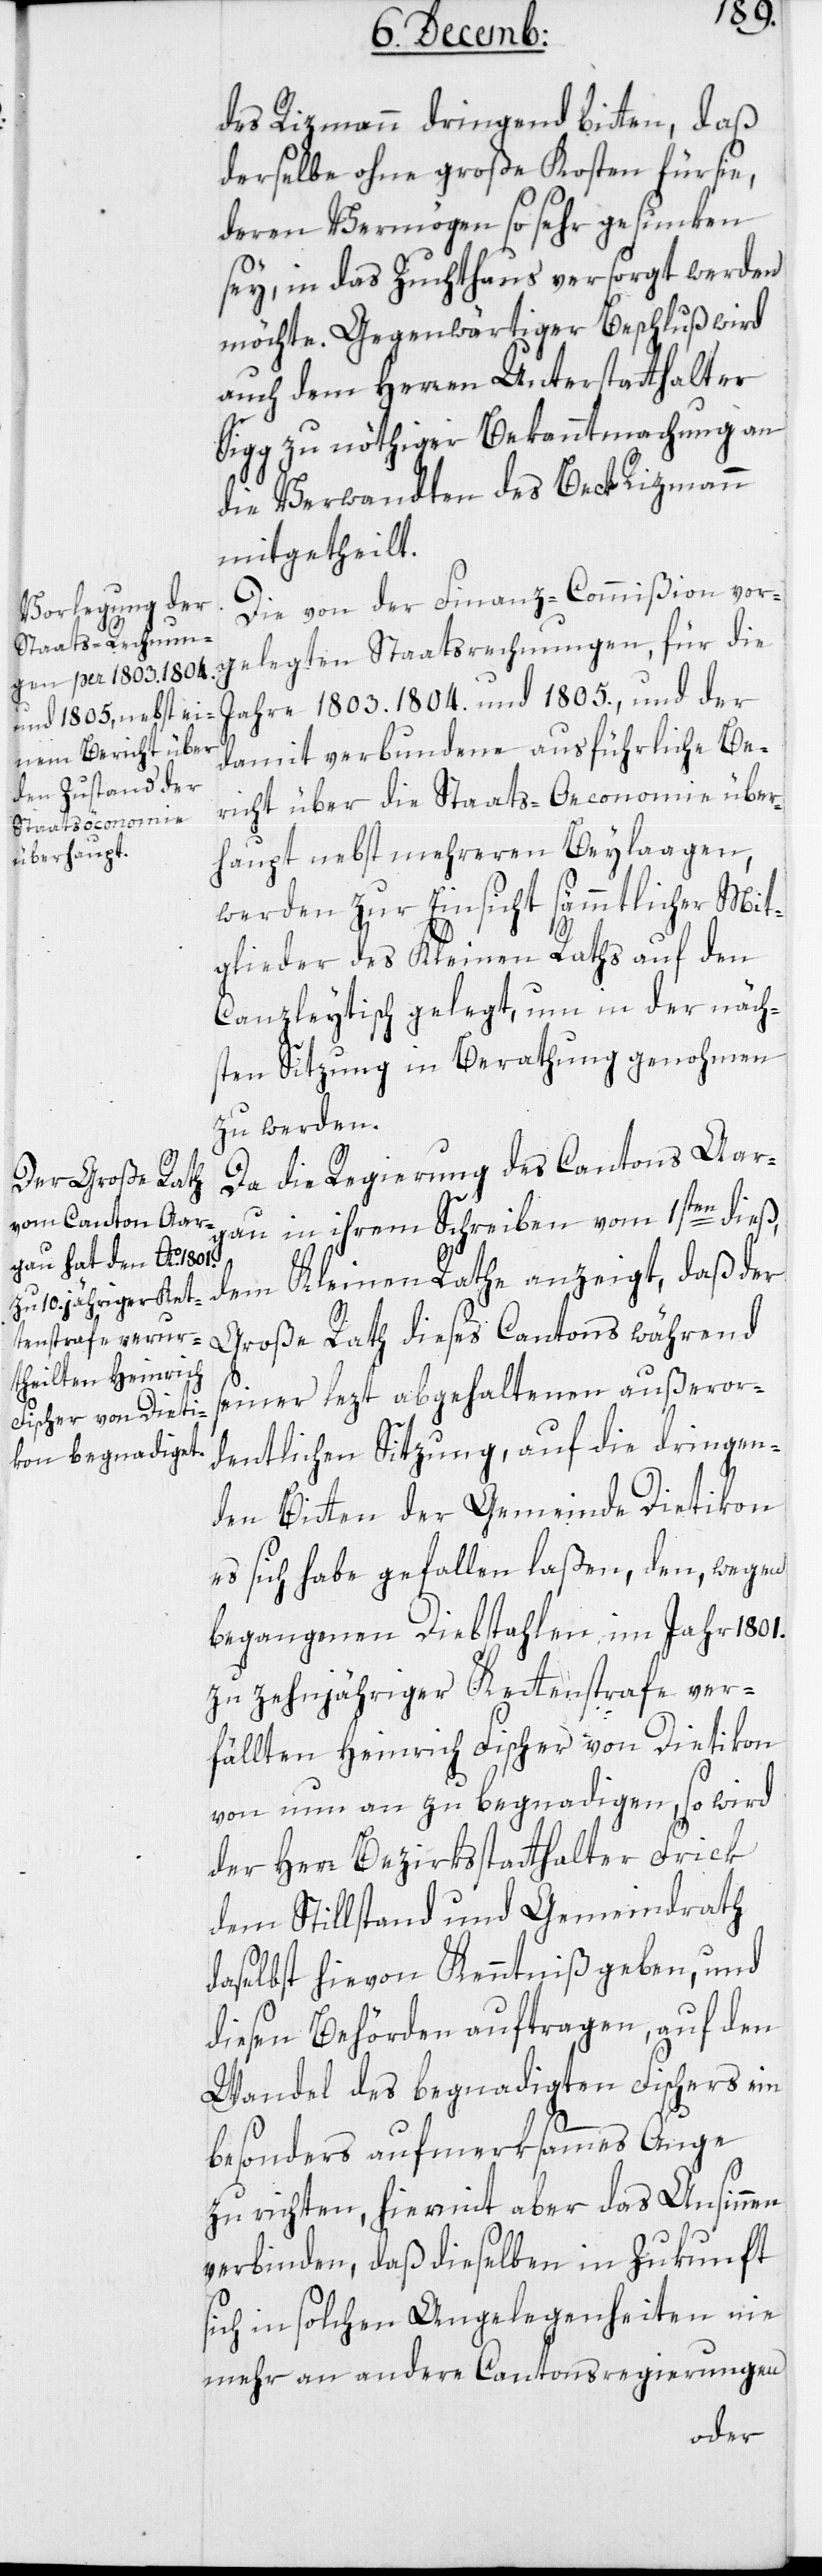
des Rizmann dringend bitten, daß
derselbe ohne große Kosten für sie,
deren Vermögen so sehr gesunken
sey, in das Zuchthaus versorgt werden
möchte. Gegenwärtiger Beschluß wird
auch dem Herren Unterstatthalter
Sigg zu nöthiger Bekanntmachung an
die Verwandten des Beck Rizmann
mitgetheilt.
Die von der Finanz-Commißion vor¬
gelegten Staatsrechnungen, für die
Jahre 1803. 1804. und 1805., und der
damit verbundene ausführliche Be¬
richt über die Staats-Oeconomie über¬
haupt nebst mehreren Beylagen,
werden zur Einsicht sämmtlicher Mit¬
glieder des Kleinen Raths auf den
Canzleytisch gelegt, um in der näch¬
sten Sitzung in Berathung genohmen
zu werden.
Da die Regierung des Cantons Aar¬
gau in ihrem Schreiben vom 1sten dieß,
dem Kleinen Rathe anzeigt, daß der
Große Rath dieses Cantons während
seiner lezt abgehaltenen außeror¬
dentlichen Sitzung, auf die dringen¬
den Bitten der Gemeinde Dietikon
es sich habe gefallen laßen, den wegen
begangenen Diebstählen im Jahr 1801.
zu zehnjähriger Kettenstrafe ver¬
fällten Heinrich Fischer von Dietikon,
von nun an zu begnadigen, so wird
der Herr Bezirksstatthalter Frick
dem Stillstand und Gemeindrath
daselbst hievon Kenntniß geben, und
diesen Behörden auftragen, auf den
Wandel des begnadigten Fischers ein
besonders aufmerksammes Auge
zu richten, hiermit aber das Ansinnen
verbinden, daß dieselben in Zukunft
sich in solchen Angelegenheiten nie
mehr an andere Cantonsregierungen